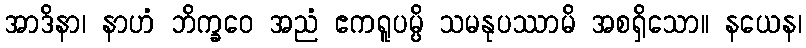
အာဒိနာ၊ နာဟံ ဘိက္ခဝေ အညံ ဧကရူပမ္ပိ သမနုပဿာမိ အစရှိသော။ နယေန၊